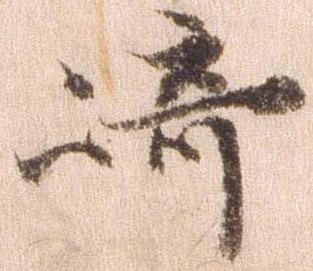
埼